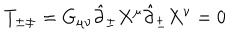
LaTeX: T _ { \pm \pm } = G _ { \mu \nu } \hat { \partial } _ { \pm } X ^ { \mu } \hat { \partial } _ { \pm } X ^ { \nu } = 0